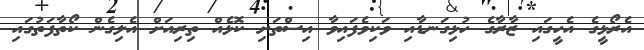
އެރޯޅީގެ އެހީގައި ޒާރާގެ ހުޅިގަނޑާއި ވަކިވެފައިވާ އިސްތަށި ކޮޅެއް ތިރިއަށް އެލިގެން ކޯތާފަތުގައި